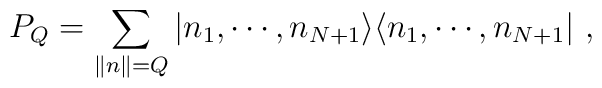
P_Q=\sum_{\| n\|=Q}\vert n_1,\cdots,n_{N+1}\rangle\langle n_1,\cdots,n_{N+1}\vert\ ,